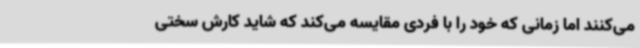
می‌کنند اما زمانی که خود را با فردی مقایسه می‌کند که شاید کارش سختی